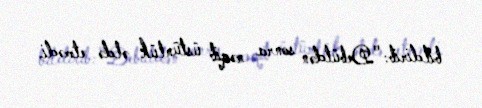
bildirib: "Debütdən sonra rəqib üstünlük əldə etmədi.